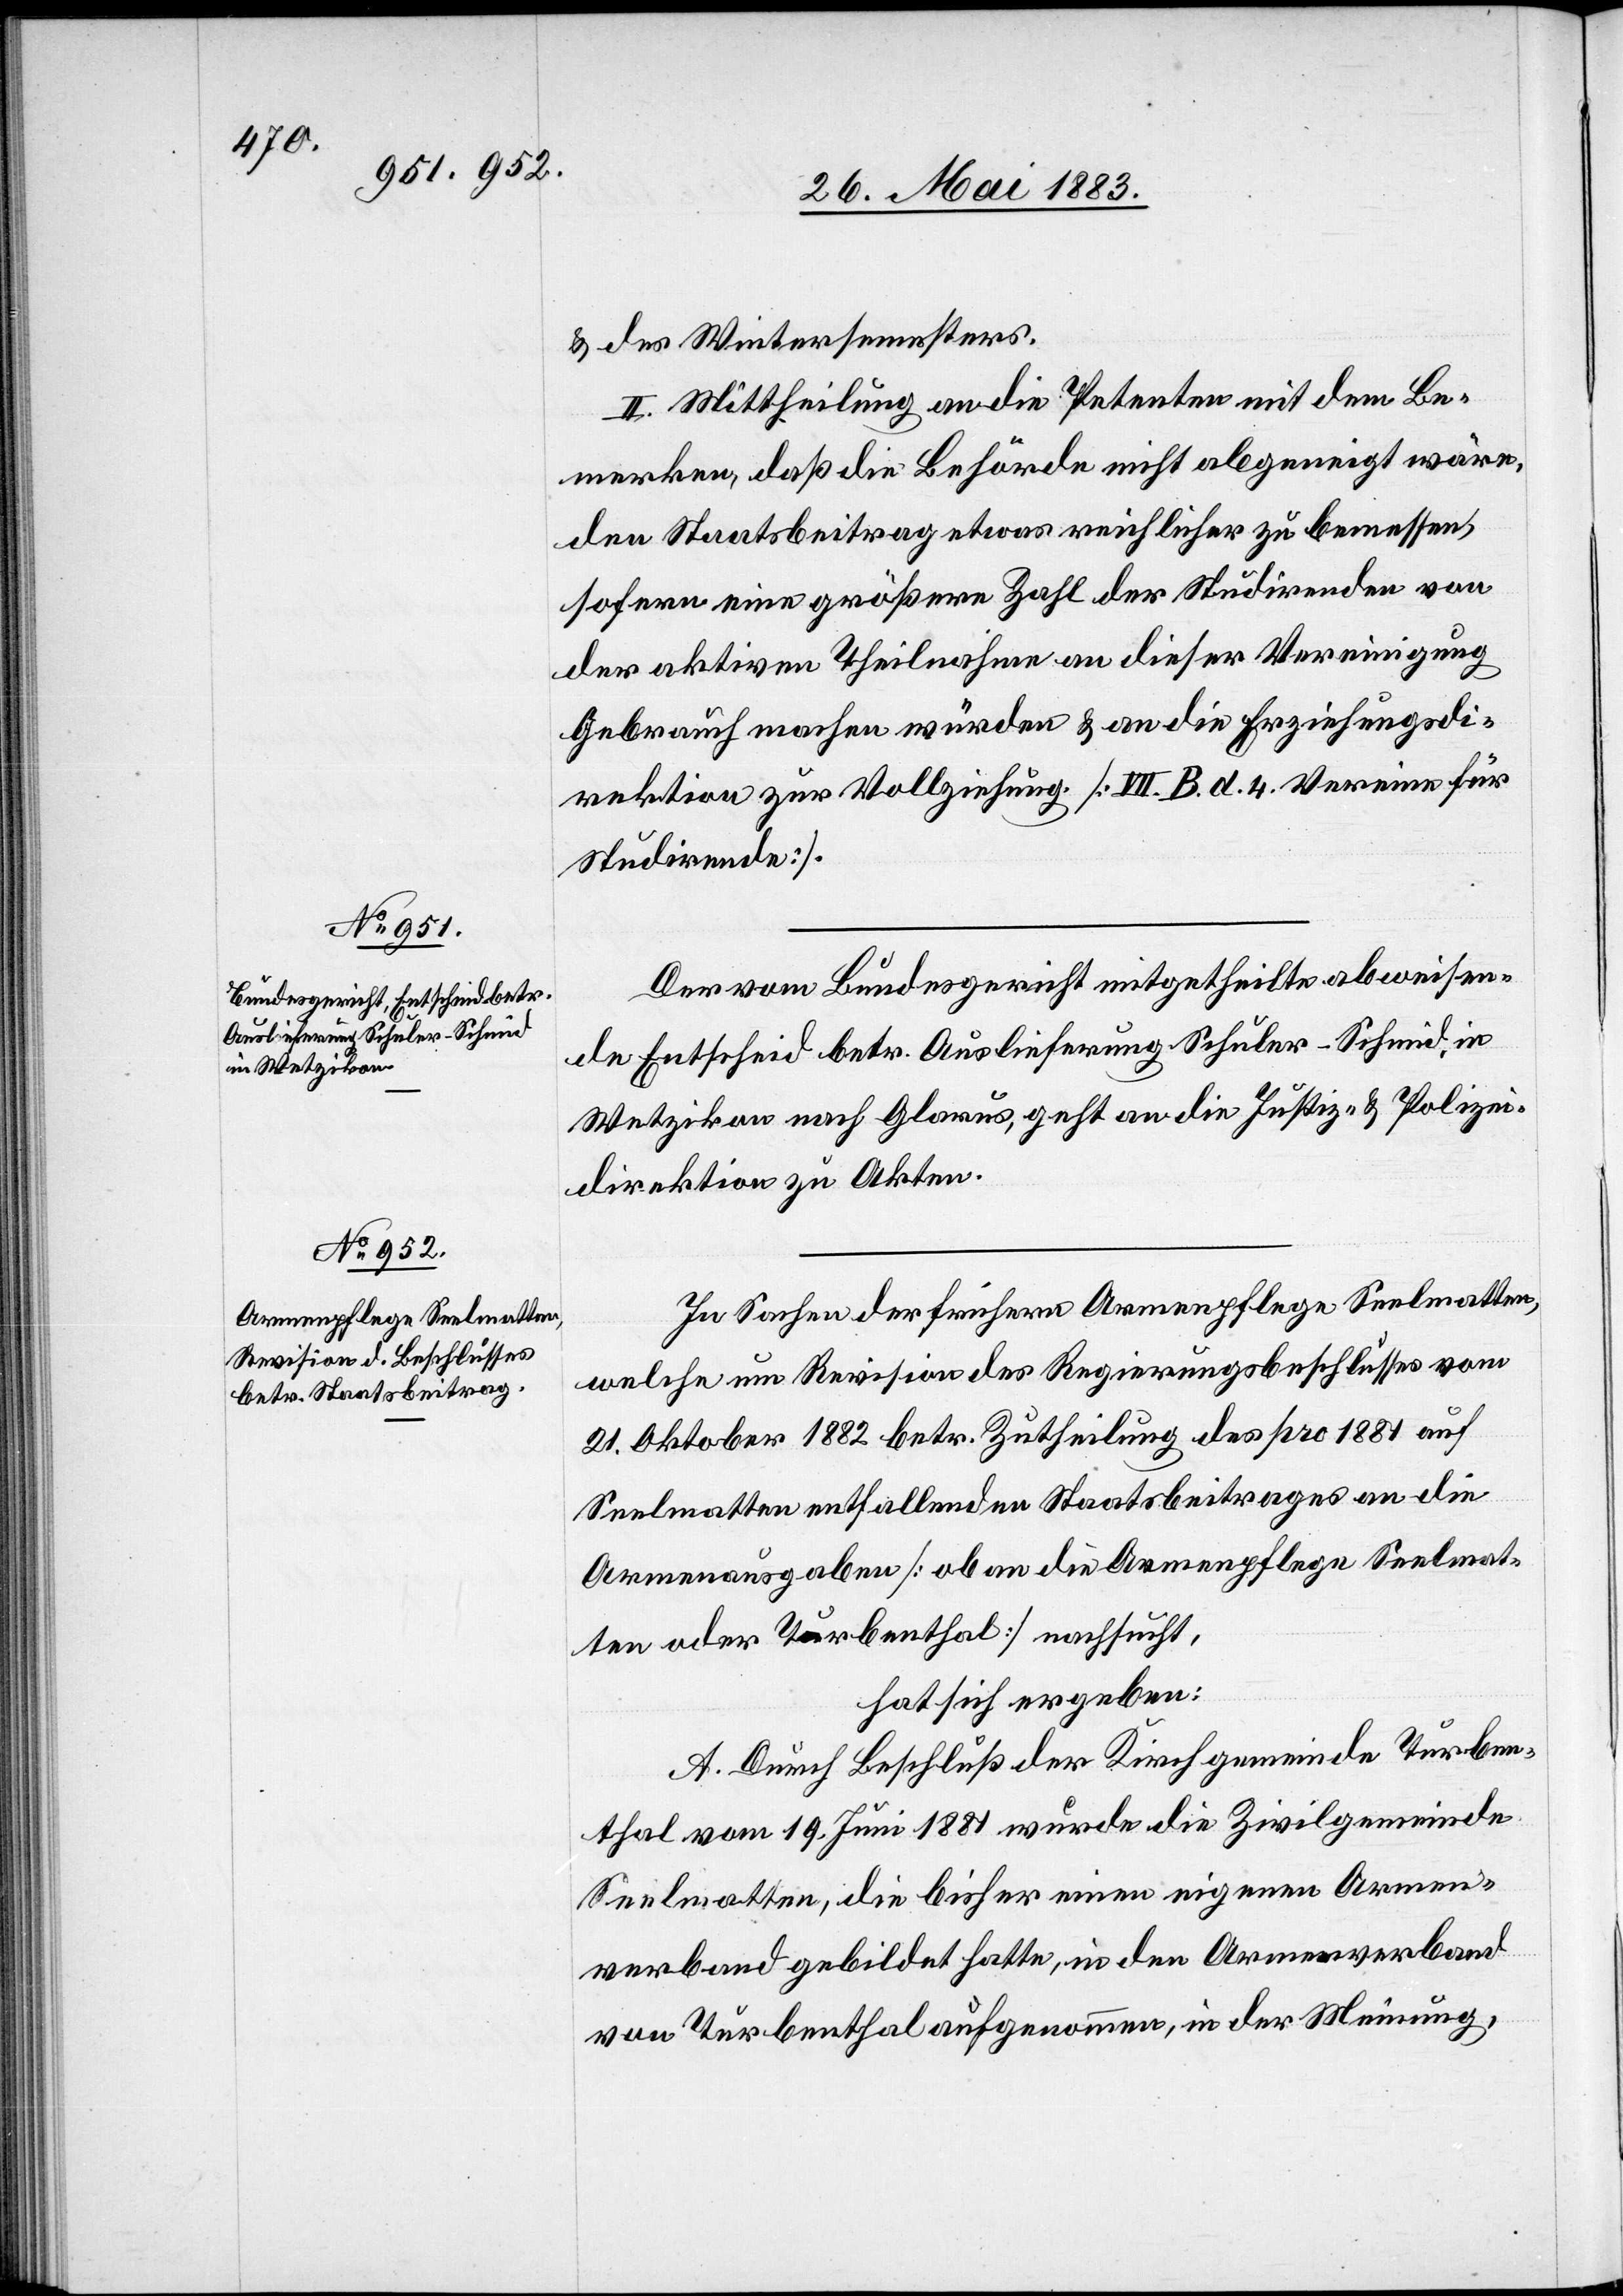
& des Wintersemesters.
II. Mittheilung an die Petenten mit dem Be¬
merken, daß die Behörde nicht abgeneigt wäre,
den Staatsbeitrag etwas reichlicher zu bemessen,
sofern eine größere Zahl der Studirenden von
der aktiven Theilnahme an dieser Vereinigung
Gebrauch machen würden & an die Erziehungsdi¬
rektion zur Vollziehung [VII. B. d. 4 Vereine für
Studirende].
Der vom Bundesgericht mitgetheilte abweisen¬
de Entscheid betr. Auslieferung Schuler-Schmid, in
Wetzikon nach Glarus, geht an die Justiz- & Polizei¬
direktion zu Akten.
In Sachen der frühern Armenpflege Seelmatten,
welche um Revision des Regierungsbeschlusses vom
21. Oktober 1882 betr. Zutheilung des pro 1881 auf
Seelmatten entfallenden Staatsbeitrages an die
Armenausgaben [ob an die Armenpflege Seelmat¬
ten oder Turbenthal] nachsucht,
hat sich ergeben:
A. Durch Beschluß der Kirchgemeinde Turben¬
thal vom 19. Juni 1881 wurde die Zivilgemeinde
Seelmatten, die bisher einen eigenen Armen¬
verband gebildet hatte, in den Armenverband
von Turbenthal aufgenommen, in der Meinung,